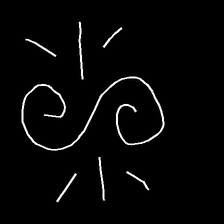
Glyph: wind-directs-air